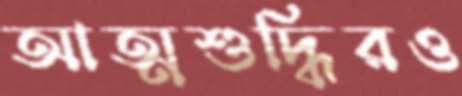
আত্মশুদ্ধিরও